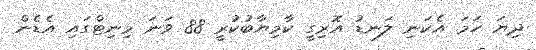
ދިޔަ ހަމަ އެކަނި ލަނޑު އޮރިގީ ކާމިޔާބުކުރީ 88 ވަނަ މިނިޓްގައި އެޑެން